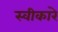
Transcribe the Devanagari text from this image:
स्‍वीकारे